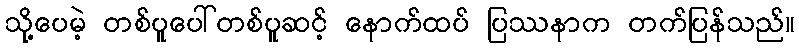
သို့ပေမဲ့ တစ်ပူပေါ်တစ်ပူဆင့် နောက်ထပ် ပြဿနာက တက်ပြန်သည်။